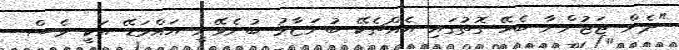
"ދެން ޖަޖުންނާ ބެހޭ ގޮތުގައި އެއްޗެކޭ ބުނަޏާމު ބުނެވޭނީ އައްމަޑޭ އަކީ ވެސް